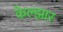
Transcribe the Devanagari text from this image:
केल्झार